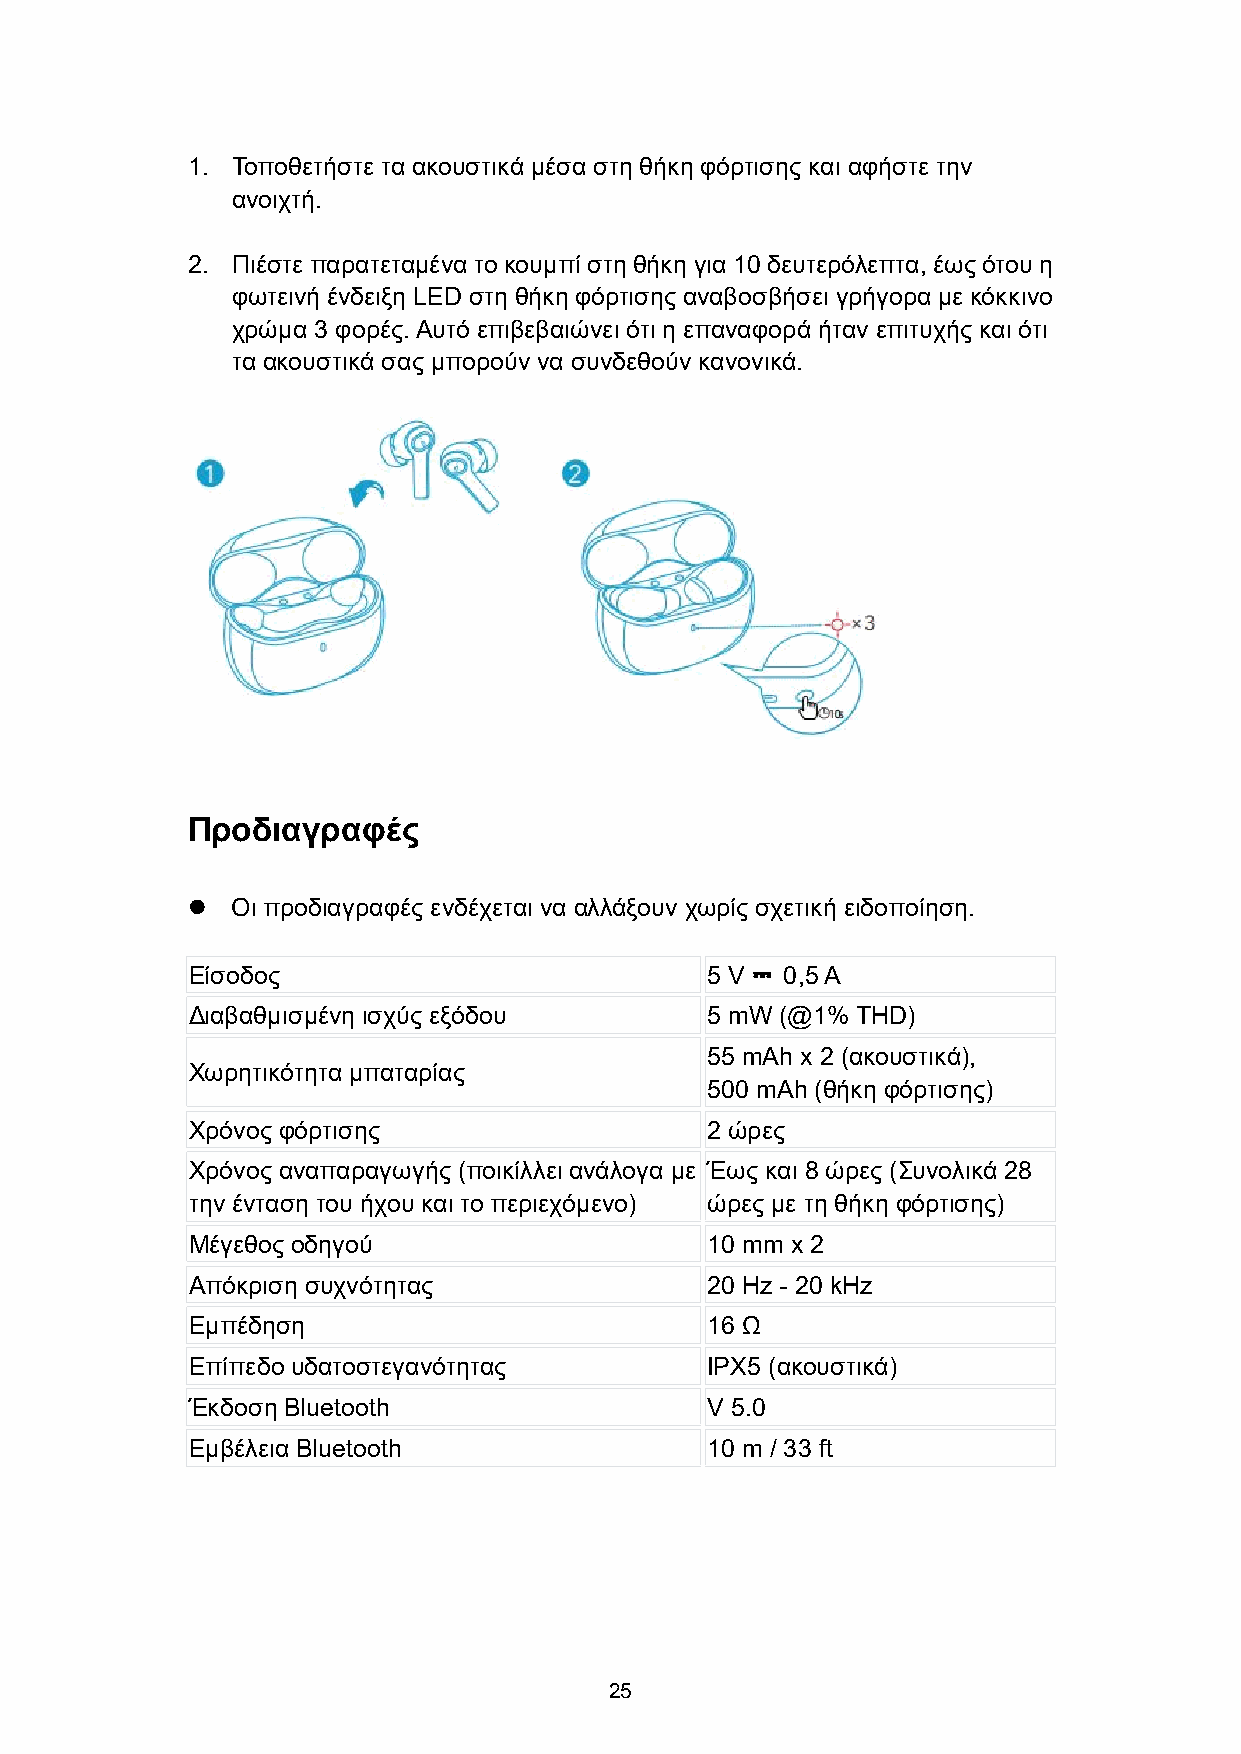
1. Τοποθετήστε τα ακουστικά μέσα στη θήκη φόρτισης και αφήστε την
 ανοιχτή.
 2. Πιέστε παρατεταμένα το κουμπίστη θήκη για 10 δευτερόλεπτα, έωςότου η
 φωτεινή ένδειξη LED στη θήκη φόρτισης αναβοσβήσει γρήγορα με κόκκινο
 χρώμα 3 φορές.Αυτό επιβεβαιώνει ότι η επαναφορά ήταν επιτυχής και ότι
 τα ακουστικά σας μπορούν να συνδεθούν κανονικά.
 Προδιαγραφές
   Οι προδιαγραφές ενδέχεται να αλλάξουν χωρίς σχετική ειδοποίηση.
 Είσοδος                            5 V  0,5A
 ⎓
 Διαβαθμισμένη ισχύς εξόδου         5 mW (@1% THD)
 55 mAh x 2 (ακουστικά),
 Χωρητικότητα μπαταρίας
 500 mAh (θήκη φόρτισης)
 Χρόνος φόρτισης                    2 ώρες
 Χρόνος αναπαραγωγής (ποικίλλει ανάλογα με Έως και 8 ώρες (Συνολικά 28
 την ένταση του ήχου και το περιεχόμενο) ώρες με τη θήκη φόρτισης)
 Μέγεθος οδηγού                     10 mm x 2
 Απόκριση συχνότητας                20 Hz - 20 kHz
 Εμπέδηση                           16 Ω
 Επίπεδο υδατοστεγανότητας          IPX5 (ακουστικά)
 Έκδοση Bluetooth                   V 5.0
 Εμβέλεια Bluetooth                 10 m / 33 ft
 25